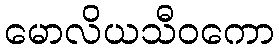
မောလိယသီဝကော